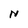
Character: N